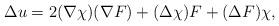
LaTeX: \begin{align*}\Delta u = 2 (\nabla \chi)(\nabla F) + (\Delta \chi) F + (\Delta F) \chi,\end{align*}